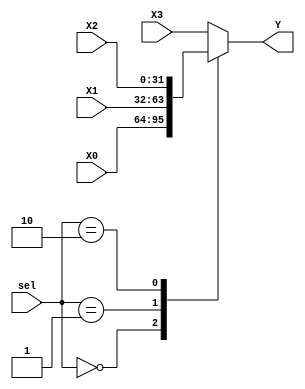
module Mux_4(
    input wire [31:0] X0, X1, X2, X3,
    input wire [1:0] sel,
    output reg [31:0] Y
    );
    
    always @*
      case(sel)
        0: Y = X0;
        1: Y = X1;
        2: Y = X2;
        default: Y = X3;
      endcase
endmodule